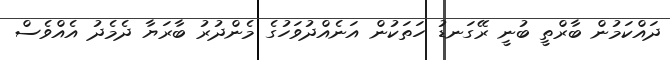
ދައްކަމުން ބާރްތީ ބުނީ ރޭގަނޑު ހަތަކުން އަނެއްދުވަހުގެ މެންދުރު ބާރަޔާ ދެމެދު އެއްވެސް